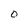
Character: o